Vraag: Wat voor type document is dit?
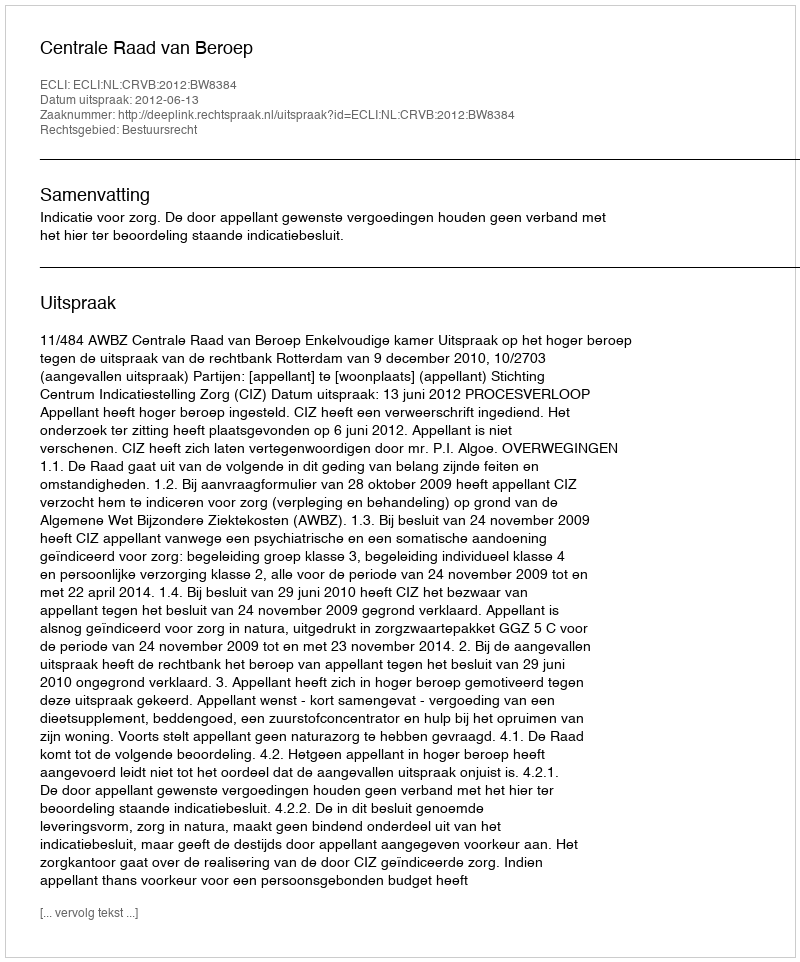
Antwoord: Uitspraak